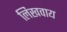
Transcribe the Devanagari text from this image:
लिखवाय